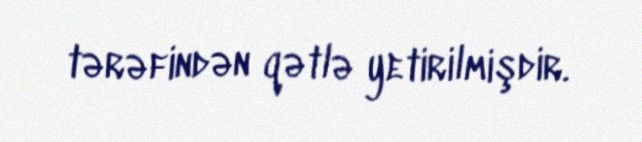
tərəfindən qətlə yetirilmişdir.